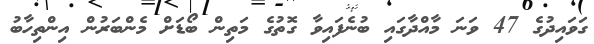
ގަވައިދުގެ 47 ވަނަ މާއްދާގައި ބުނެފައިވާ ގޮތުގެ މަތިން ބޯޑަށް މެންބަރުން އިންތިހާބު